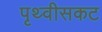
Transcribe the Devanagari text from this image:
पृथ्वीसकट